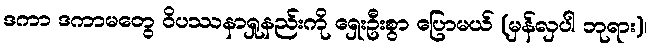
ဒကာ ဒကာမတွေ ဝိပဿနာရှုနည်းကို ရှေးဦးစွာ ပြောမယ် (မှန်လှပါ ဘုရား)၊